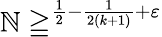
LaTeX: \mathbb{N}\geqq^{{\frac{{1}}{{2}}}-{\frac{{1}}{{2(k+1)}}}+\varepsilon}